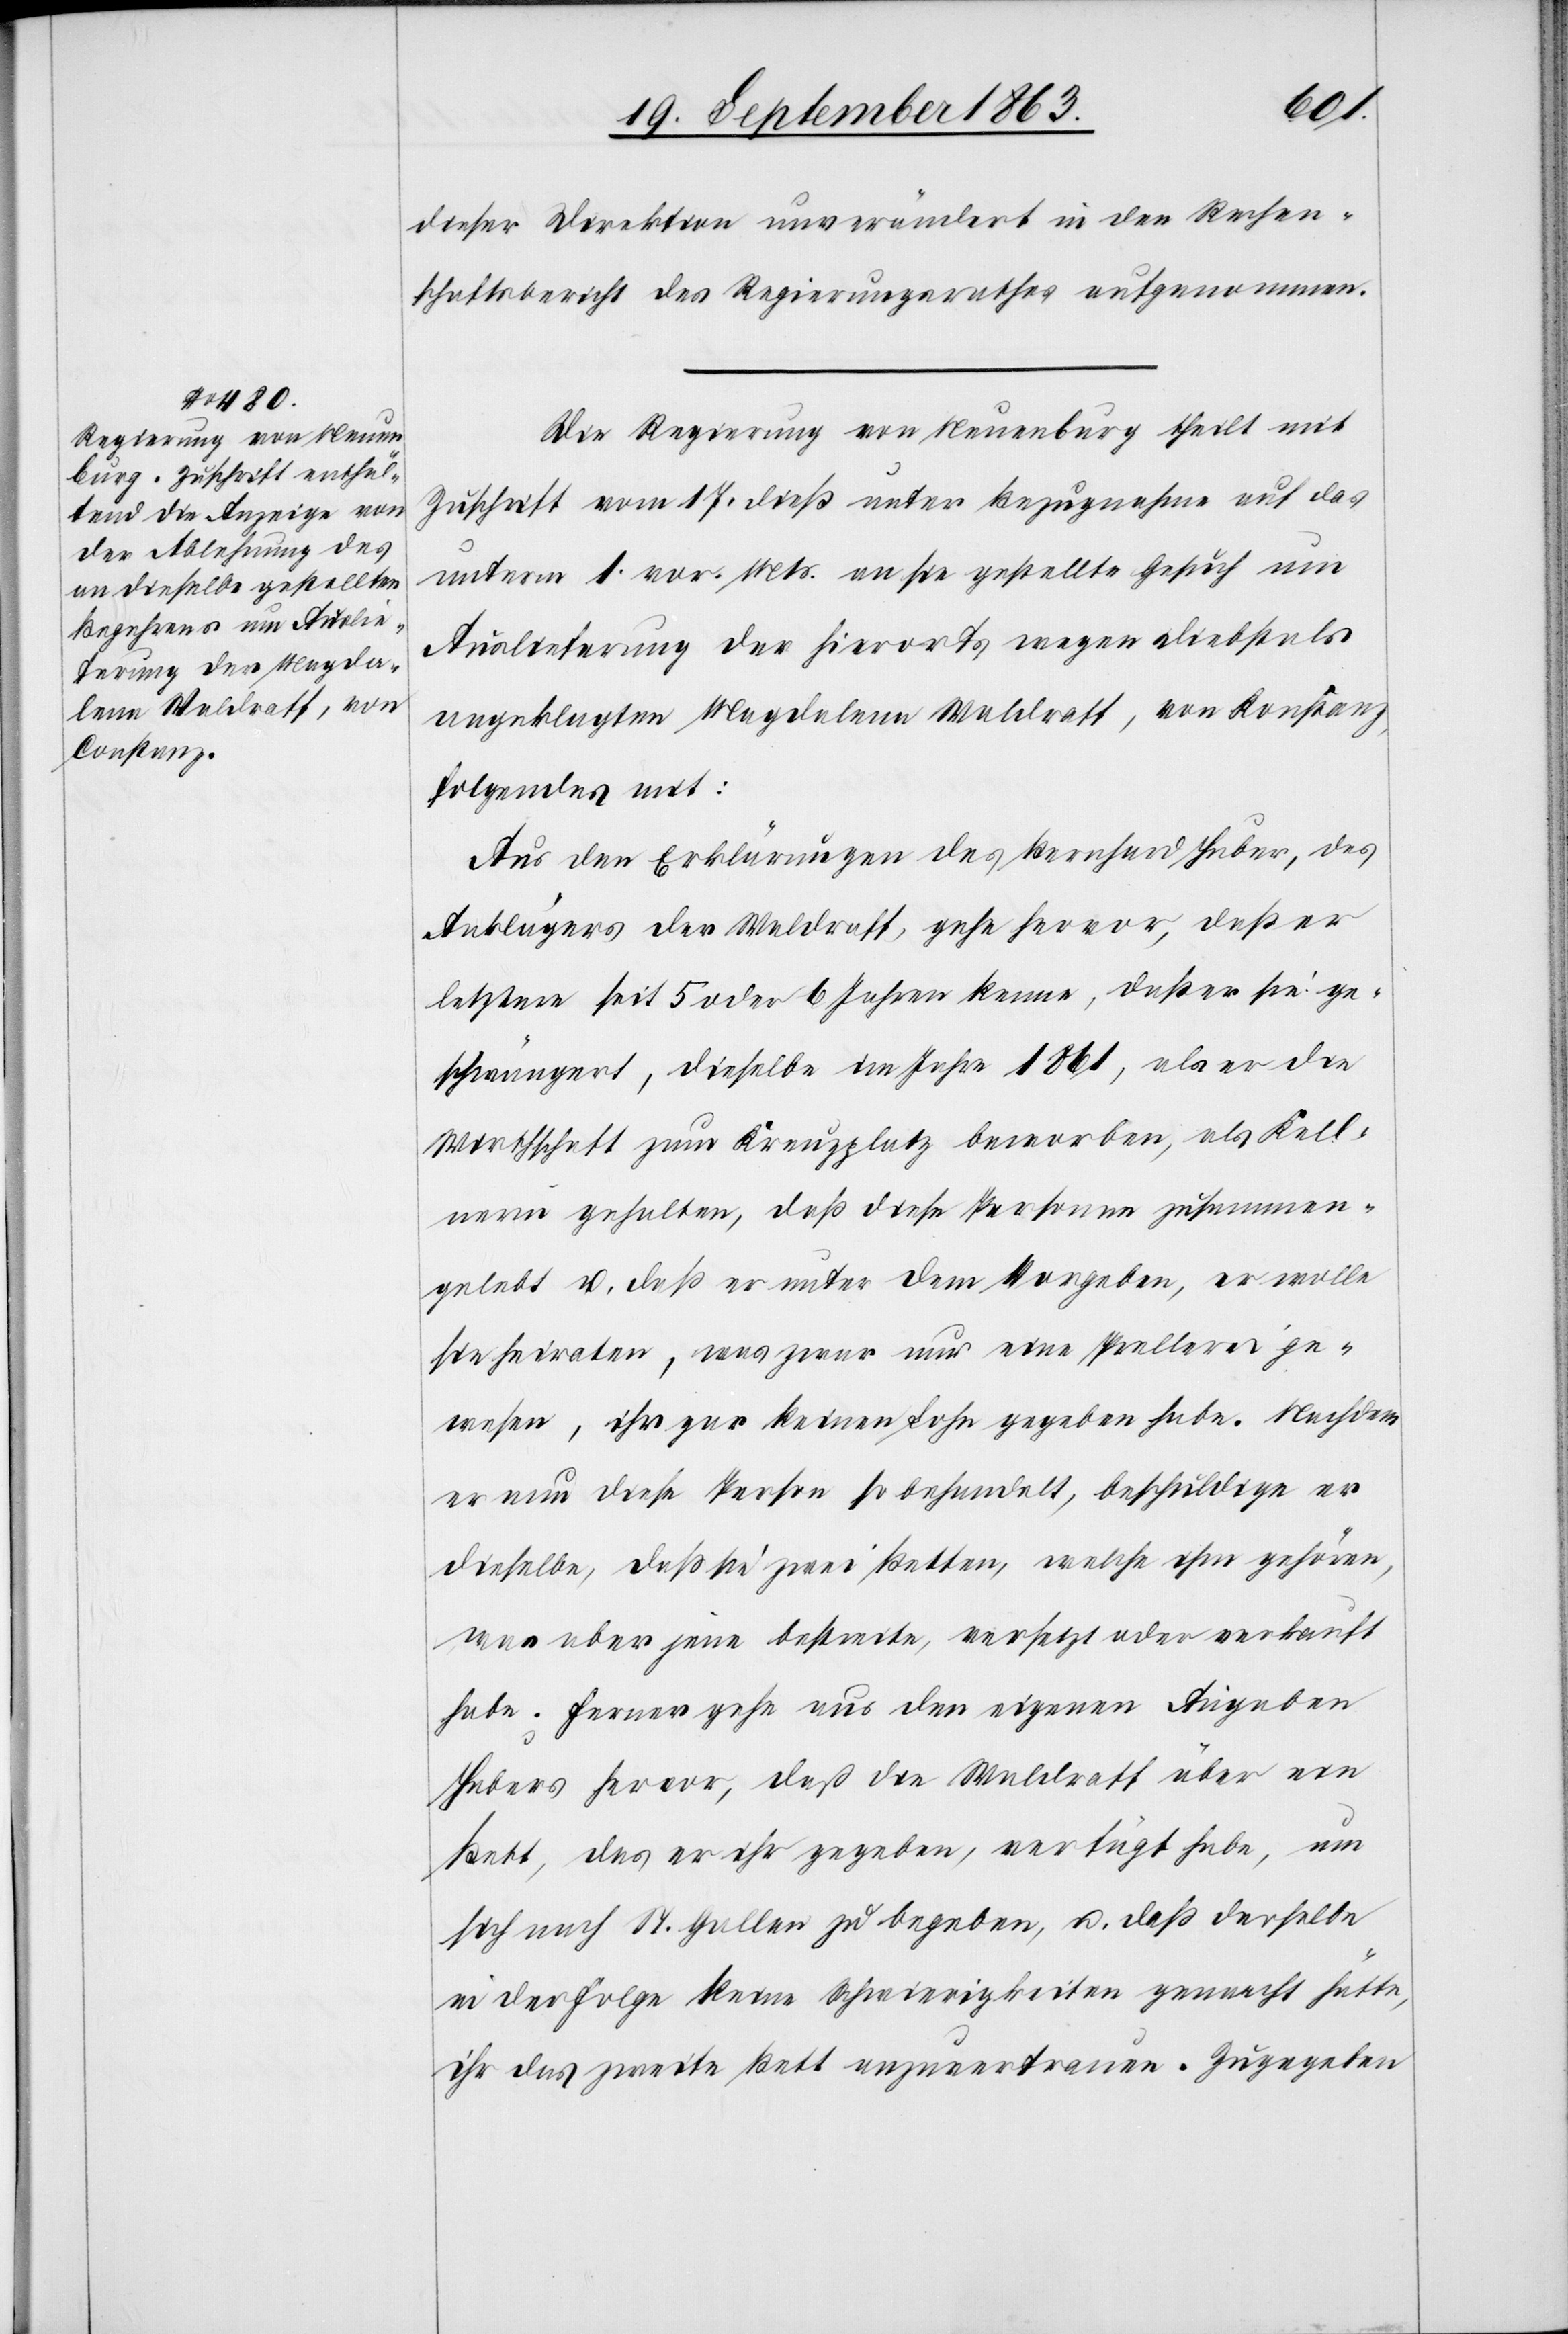
dieser Direktion unverändert in den Rechen¬
schaftsbericht des Regierungsrathes aufgenommen.
Die Regierung von Neuenburg theilt mit
Zuschrift vom 17. dieß unter Bezugnahme auf das
unterm 1. vor. Mts. an sie gestellte Gesuch um
Auslieferung der hierorts wegen Diebstals
angeklagten Magdalena Waldraff, von Konstanz,
folgendes mit:
Aus den Erklärungen des Bernhard Huber, des
Anklägers der Waldraff, gehe hervor, daß er
letztere seit 5 oder 6 Jahren kenne, daß er sie ge¬
schwängert, dieselbe im Jahre 1861, als er die
Wirthschaft zum Kreuzplatz beworben, als Kell¬
nerin gehalten, daß diese Personen zusammen¬
gelebt u. daß er unter dem Vorgeben, er wolle
sie heiraten, was zwar nur eine Prellerei ge¬
wesen, ihr gar keinen Lohn gegeben habe. Nachdem
er nun diese Person so behandelt, beschuldige er
dieselbe, daß sie zwei Betten, welche ihm gehören,
was aber jene bestreite, versetzt oder verkauft
habe. Ferner gehe aus den eigenen Angaben
Hubers hervor, daß die Waldraff über ein
Bett, das er ihr gegeben, verfügt habe, um
sich nach St. Gallen zu begeben, u. daß derselbe
in der Folge keine Schwierigkeiten gemacht hätte,
ihr das zweite Bett anzuvertrauen. Zugegeben